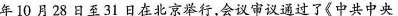
年10月28日至31日在北京举行，会议审议通过了《中共中央